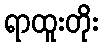
ရာထူးတိုး